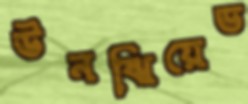
উনঝিয়েভ